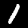
Label: 1